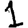
Digit: 1